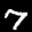
Label: 7